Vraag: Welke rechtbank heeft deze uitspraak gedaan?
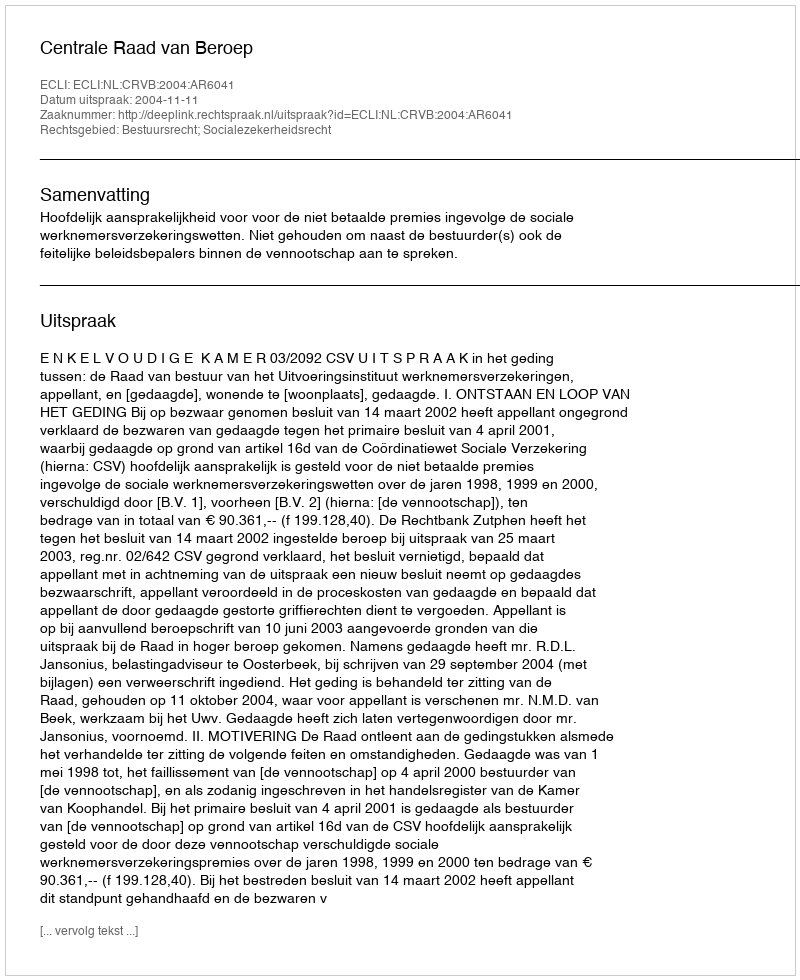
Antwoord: Centrale Raad van Beroep